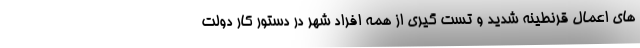
های اعمال قرنطینه شدید و تست گیری از همه افراد شهر در دستور کار دولت